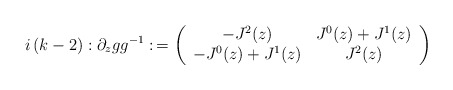
\begin{align*}i\left( k-2\right) :\partial _zgg^{-1}:\,=\left(\begin{array}{cc}-J^2(z) & J^0(z)+J^1(z) \\-J^0(z)+J^1(z) & J^2(z)\end{array}\right) \end{align*}